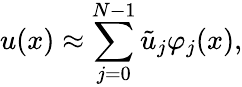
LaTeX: u(x)\approx\sum_{j=0}^{N-1}\tilde{u}_{j}\varphi_{j}(x),